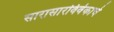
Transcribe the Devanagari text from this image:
सारासारविवेकाचे